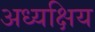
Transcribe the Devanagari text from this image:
अध्यक्षिय